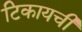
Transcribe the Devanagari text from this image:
टिकायची